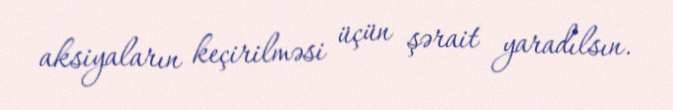
aksiyaların keçirilməsi üçün şərait yaradılsın.